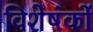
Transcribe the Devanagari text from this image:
विशेषंकों